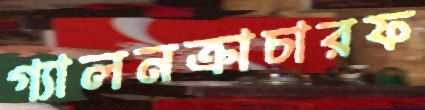
গ্যালনক্রাচারফ